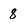
Character: 8